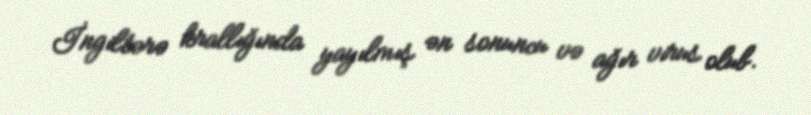
İngiltərə krallığında yayılmış ən sonuncu və ağır virus olub.